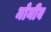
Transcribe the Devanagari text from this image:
मोनीब